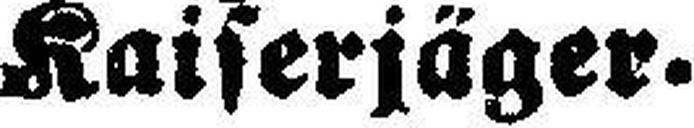
Kaiserjäger.